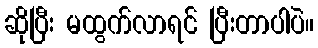
ဆိုပြီး မထွက်လာရင် ပြီးတာပါပဲ။